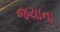
જયાના